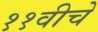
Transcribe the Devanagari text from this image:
११वीचे